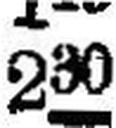
230